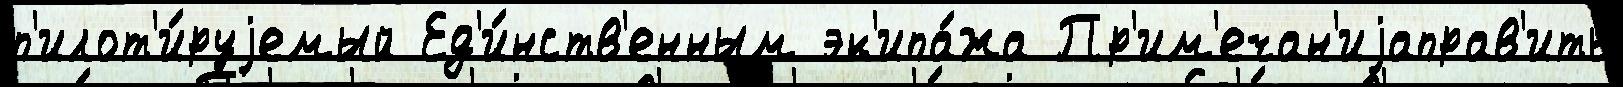
п'илот'и́руjемый Ед'и́нств'енным эк'ипа́жа Пр'им'ечан'иjаправ'ить